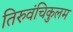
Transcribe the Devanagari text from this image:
तिरुवंचिकुलम